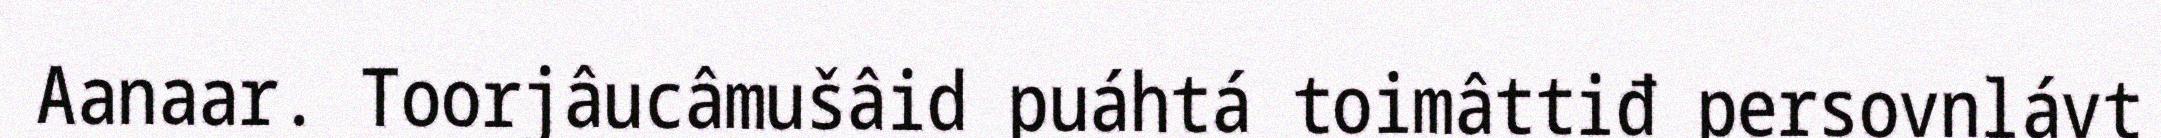
Aanaar. Toorjâucâmušâid puáhtá toimâttiđ persovnlávt